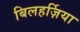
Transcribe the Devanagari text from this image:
बिलहर्ज़िया